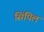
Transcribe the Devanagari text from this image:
सिंपिल